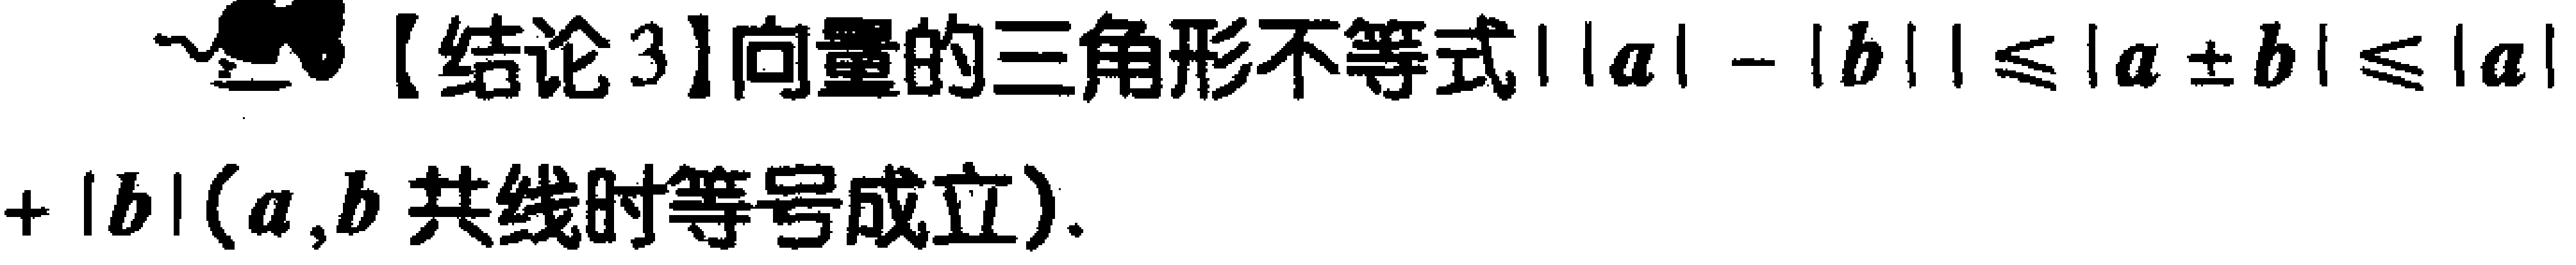
【结论3】向量的三角形不等式$\vert\vert\boldsymbol{a}\vert - \vert\boldsymbol{b}\vert\vert\leqslant\vert\boldsymbol{a}\pm\boldsymbol{b}\vert\leqslant\vert\boldsymbol{a}\vert + \vert\boldsymbol{b}\vert$($\boldsymbol{a},\boldsymbol{b}$ 共线时等号成立).